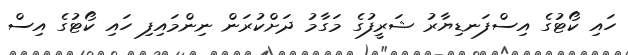
ހައި ކޯޓުގެ އިސްފަނޑިޔާރު ޝަރީފުގެ މަގާމު ދަށްކުރަން ނިންމައިފި ހައި ކޯޓުގެ އިސް